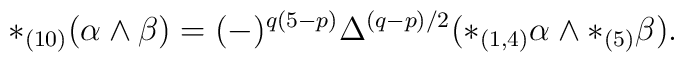
*_{(10)} (\alpha \wedge \beta) = (-)^{q(5-p)} \Delta^{(q-p)/2} (*_{(1,4)} \alpha \wedge *_{(5)} \beta).